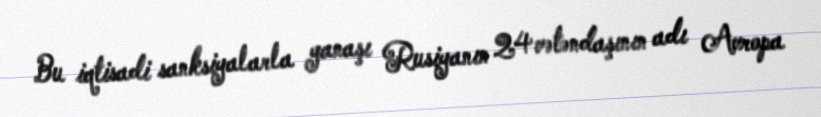
Bu iqtisadi sanksiyalarla yanaşı Rusiyanın 24 vətəndaşının adı Avropa